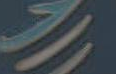
-